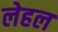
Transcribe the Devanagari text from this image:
लेहल